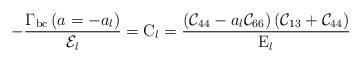
LaTeX: \begin{align*}-\frac{\Gamma_{\rm{bc}}\left(a=-a_l\right)}{{\cal E}_l}={\rm C}_l=\frac{\left({\cal C}_{44}-a_l{\cal C}_{66}\right)\left({\cal C}_{13}+{\cal C}_{44}\right)}{{\rm E}_l}\end{align*}